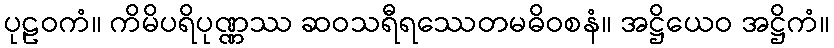
ပုဠဝကံ။ ကိမိပရိပုဏ္ဏဿ ဆဝသရီရဿေတမဓိဝစနံ။ အဋ္ဌိယေဝ အဋ္ဌိကံ။